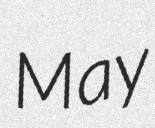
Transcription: May